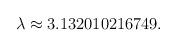
LaTeX: \begin{align*}\lambda \approx 3.132010216749. \end{align*}